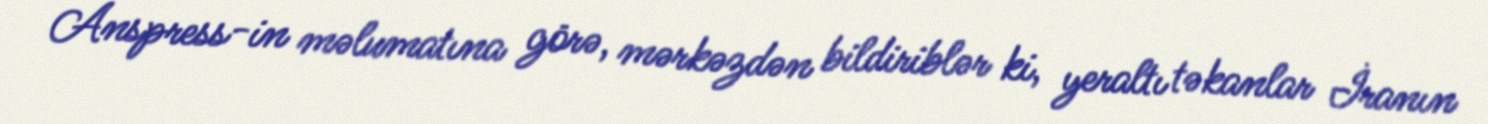
Anspress-in məlumatına görə, mərkəzdən bildiriblər ki, yeraltı təkanlar İranın